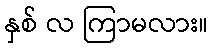
နှစ် လ ကြာမလား။